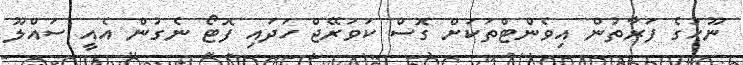
ނޫހުގެ ފަރާތުން އިވެންޓްތަކަށް ގޮސް ކަވަރޭޖް ހަދައި ފޮޓޯ ނެގުން އެއީ ސައްލޫ